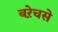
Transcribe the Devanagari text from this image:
बऱेचसे